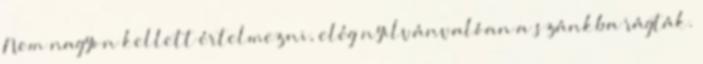
Nem nagyon kellett értelmezni, elég nyilvánvalóan a szánkba rágták.